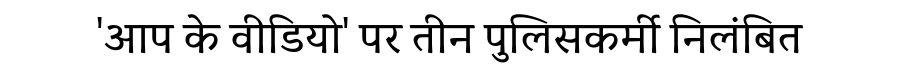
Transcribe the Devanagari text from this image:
'आप के वीडियो' पर तीन पुलिसकर्मी निलंबित